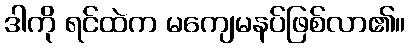
ဒါကို ရင်ထဲက မကျေမနပ်ဖြစ်လာ၏။